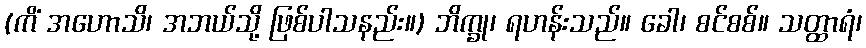
(ကိံ အဟောသိ၊ အဘယ်သို့ ဖြစ်ပါသနည်း။) ဘိက္ခု၊ ရဟန်းသည်။ ခေါ၊ စင်စစ်။ သတ္ထာရံ၊